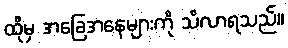
ထိုမှ အခြေအနေများကို သိလာရသည်။